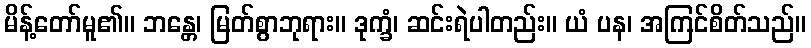
မိန့်တော်မူ၏။ ဘန္တေ၊ မြတ်စွာဘုရား။ ဒုက္ခံ၊ ဆင်းရဲပါတည်း။ ယံ ပန၊ အကြင်စိတ်သည်။